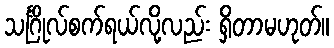
သင်္ဂြိုလ်စက်ရယ်လို့လည်း ရှိတာမဟုတ်။